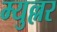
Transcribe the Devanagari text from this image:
म्युल्लर